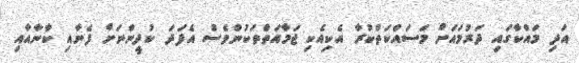
އަދި މައްކާގައި ދަރުމައަށް މަސައްކަތްކުރާ އެކިއެކި ޖަމާއަތްތަކުންވެސް އެފަދަ ކުދީންނަށް ފެނާއި ކާނާއާއި